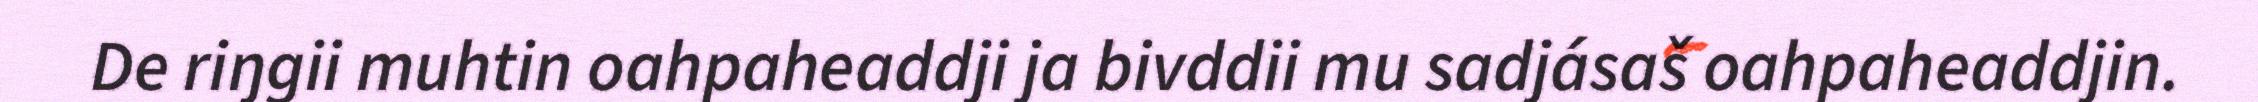
De riŋgii muhtin oahpaheaddji ja bivddii mu sadjásaš oahpaheaddjin.